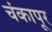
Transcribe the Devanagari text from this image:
चंकापूर